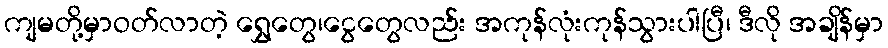
ကျမတို့မှာဝတ်လာတဲ့ ရွှေတွေ၊ငွေတွေလည်း အကုန်လုံးကုန်သွားပါပြီ၊ ဒီလို အချိန်မှာ